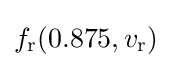
f_{\text{r}}(0.875,v_{\text{r}})